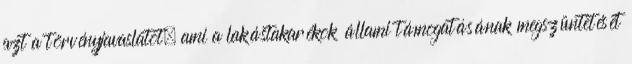
azt a törvényjavaslatot, ami a lakástakarékok állami támogatásának megszüntetését